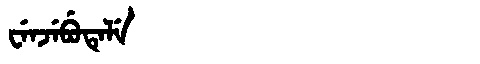
Manchu: ᠸᡝᠨᠵᡝᠪᡠᡨᡝᠯᡝ
Romanization: WENJEBUTELE